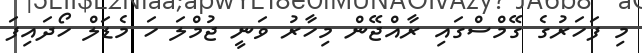
މި ފަހަރުގެ ގޭމްސްގައި ރާއްޖޭން މިހާރު ވަނީ ޖުމްލަ ހަ މެޑަލް ހޯދައިފަ